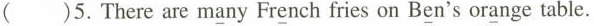
()5.There are many French fries on Ben's orange table.